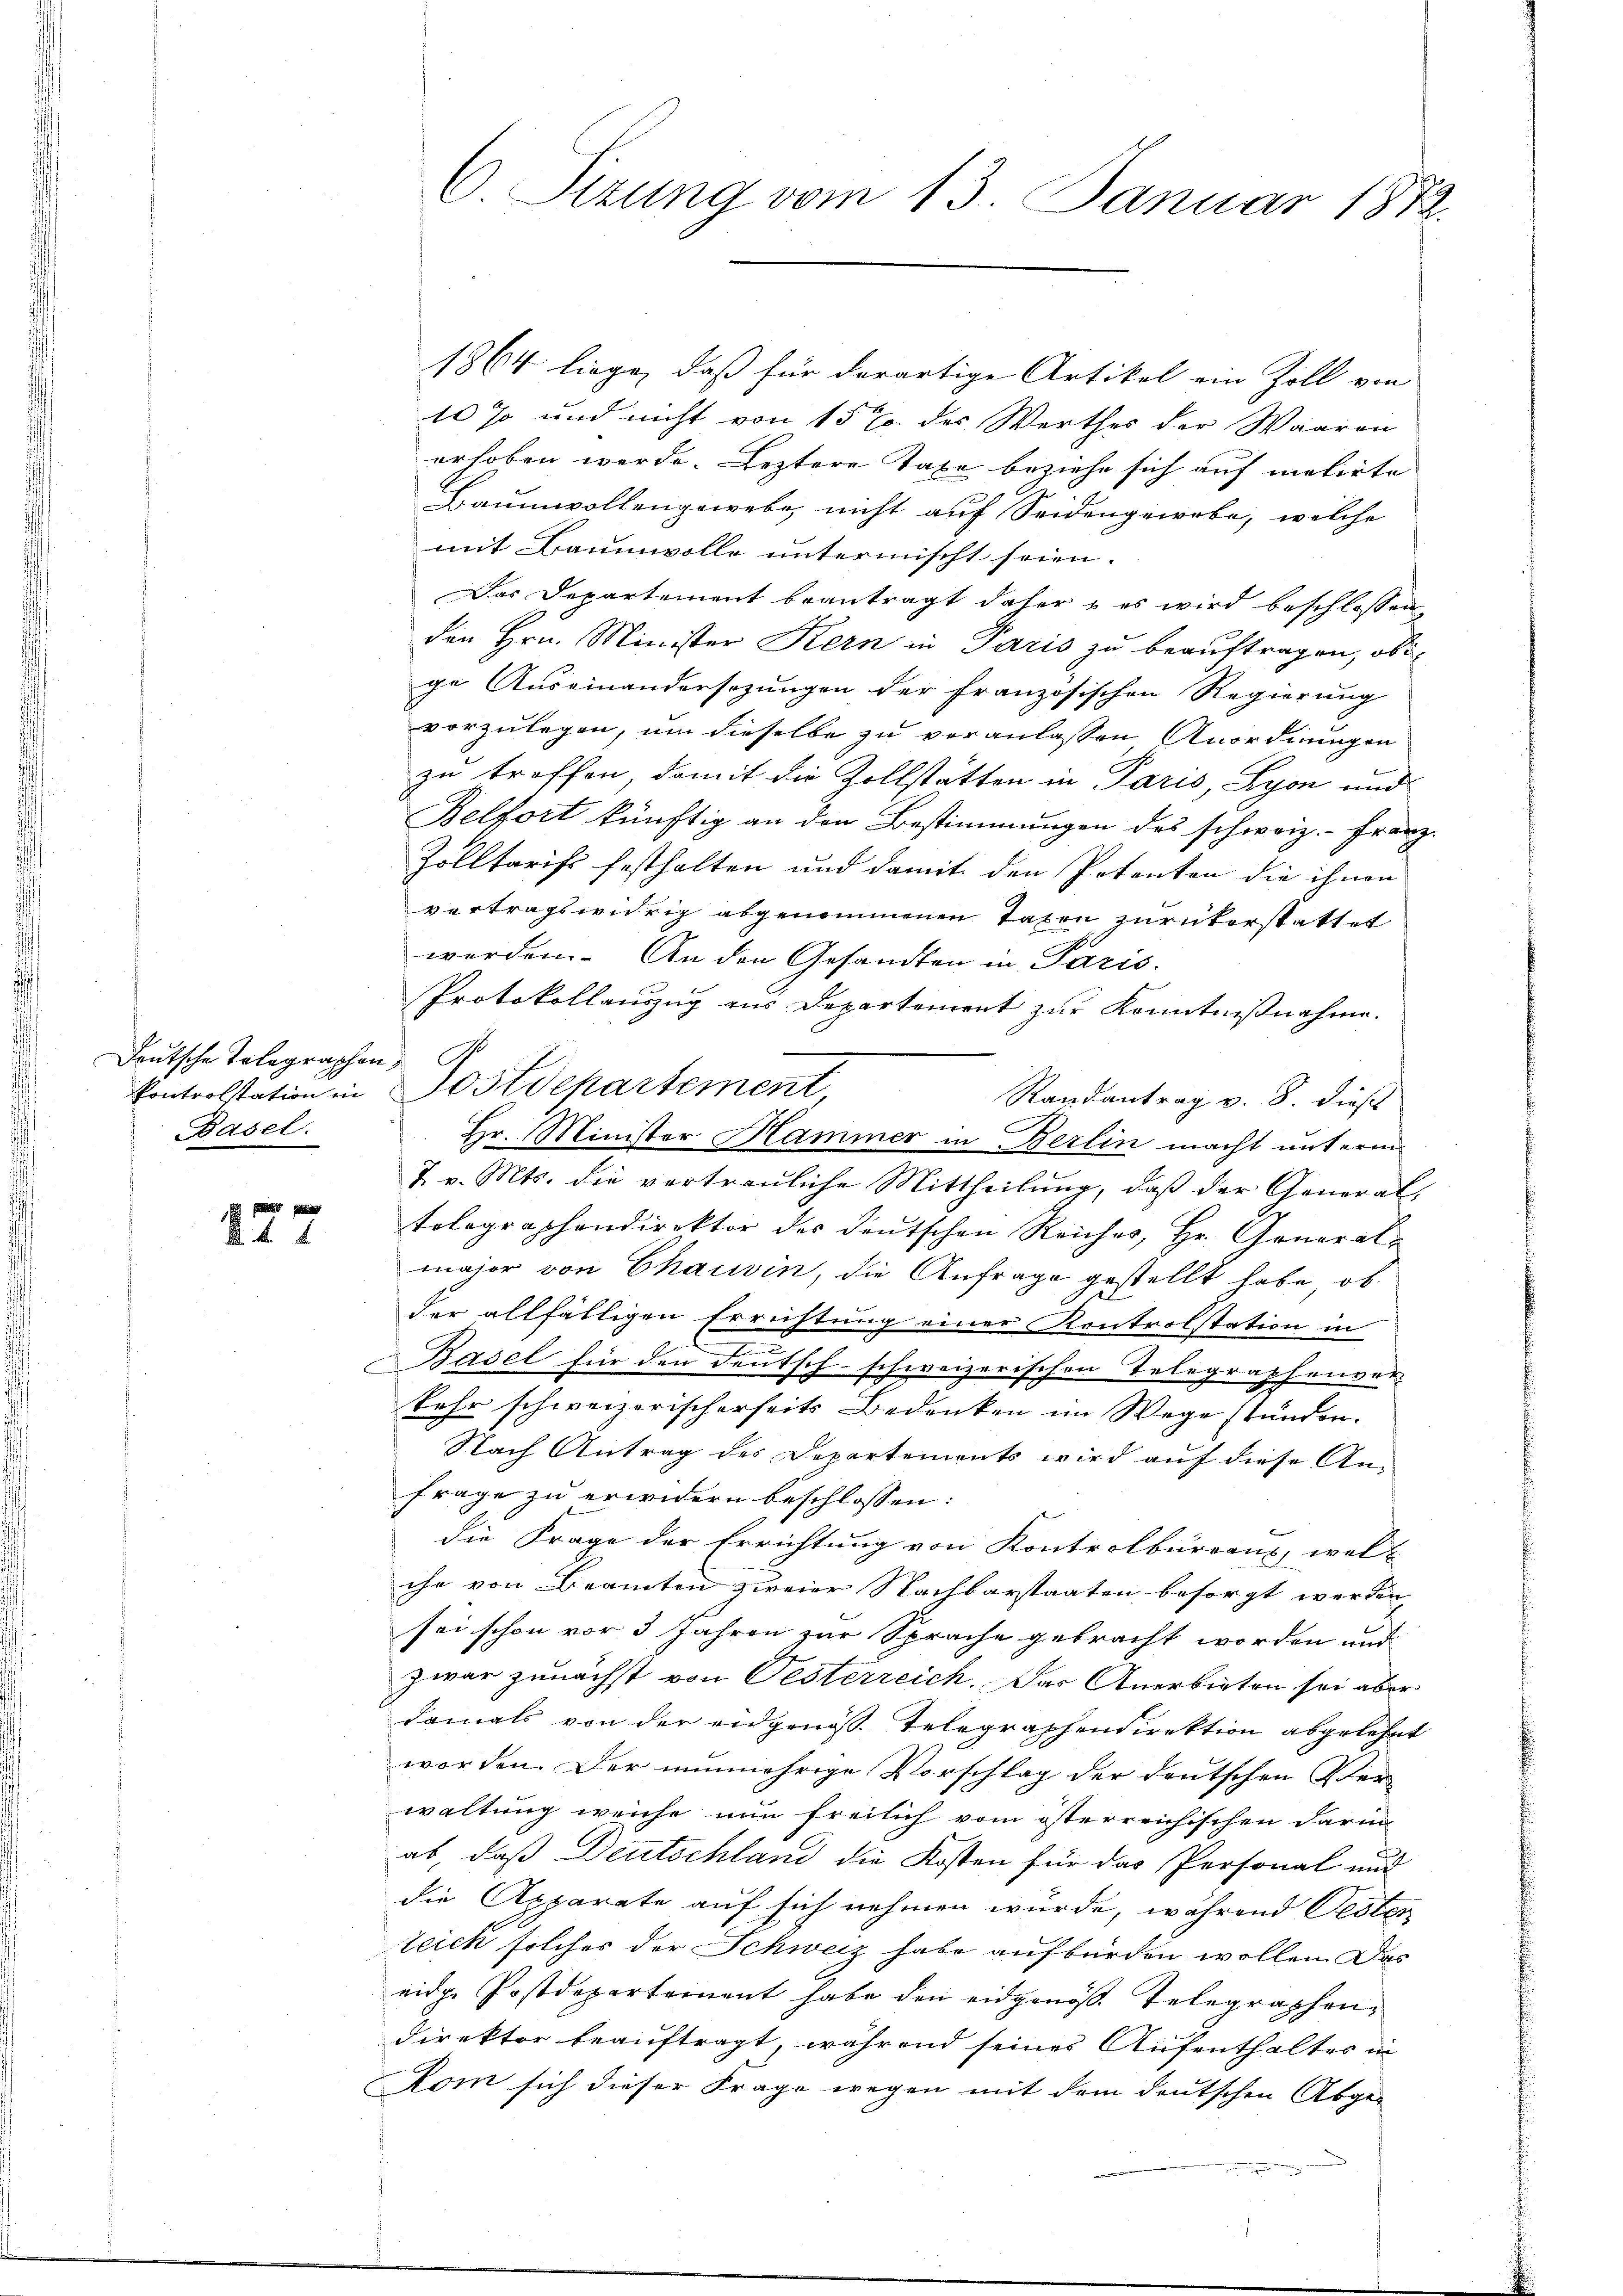
Deutsche Telegraphen,
Basel.

E f g
 x

1864 liege, daß für derartige Artikel ein Zoll von
10 % und nicht von 15% des Werthes der Waaren
erhoben werde. Leztere Taxe beziehe sich auf melirte
Baumwollengewebe, nicht auf Seidengewebe, welche
mit Baumwolle untermischt seien.
Das Departement beantragt daher, es wird beschlossen
den Hrn. Minister Kern in Paris zu beauftragen, obige Auseinandersezungen der französischen Regierung
vorzulegen, um dieselbe zu veranlassen Anordnungen
zu treffen, damit die Zollstätten in Paris, Lyon und
Belfort künftig an den Bestimmungen des schweiz.- Franz-
Zolltarifs festhalten und damit den Petenten die ihnen
vertragswidrig abgenommenen Taxen zurükerstattet
werden. An den Gesandten in Paris.
Protokollauszug aus Departement zur Kenntnißnahme.
Randantrag v. 8. dies
7 v. Mts. die vertrauliche Mittheilung, daß der General-
tolographendirektor des deŭtschen Reiches, Hr. General-
major von Chauvin, die Anfrage gestellt habe, ob
2
der allfälligen Errichtung einer Kontrolstation in
Basel für den deutsch-schweizerischen Telegraphenver-
kehr schweizerischerseits Bedenken im Wege stünden.
Nach Antrag des Departements wird auf diese An¬
Frage zu erwidern beschlossen:
die Frage der Errichtung von Kontrolbureau, wel-
che von Beamten zweier Nachbarstaaten besorgt werden
sei schon vor 3 Jahren zur Sprache gebracht worden und
zwar zunächst von Oesterreich. Das Anerbieten sei aber
damals von der eidgenoß Telegraphendirektion abgelehnt
worden. Der nunmehrige Vorschlag der deutschen Ver
waltung weiche nun freilich vom österreichischen darin
ab, daß Deutschland die Kosten für das Personal und
die Apparate auf sich nehmen wurde, während Oesten
teick solches der Schweiz habe aufbürden wollen. Das
eide Postdepartement habe den eidgenöß. Telegraphen¬
Direktor beauftragt, während seines Aufenthaltes in
Rom sich dieser Frage wegen mit dem deutschen Abge-

C. Sizung vom 13. Januar 1872.

Controlstation in Postdepartement,
Hr. Minister Hammer in Berlin macht untermi-